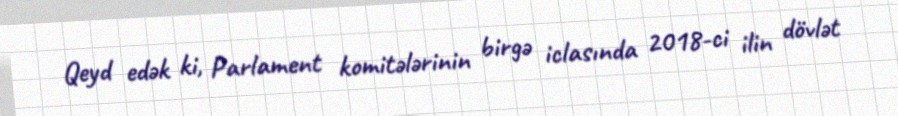
Qeyd edək ki, Parlament komitələrinin birgə iclasında 2018-ci ilin dövlət